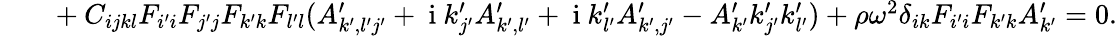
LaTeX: \begin{array}{rl}{\ \ \ }&{{}+C_{ijkl}F_{i^{\prime}i}F_{j^{\prime}j}F_{k^{\prime}k}F_{l^{\prime}l}(A_{k^{\prime},l^{\prime}j^{\prime}}^{\prime}+\mathrm{~i~}k_{j^{\prime}}^{\prime}A_{k^{\prime},l^{\prime}}^{\prime}+\mathrm{~i~}k_{l^{\prime}}^{\prime}A_{k^{\prime},j^{\prime}}^{\prime}-A_{k^{\prime}}^{\prime}k_{j^{\prime}}^{\prime}k_{l^{\prime}}^{\prime})+\rho\omega^{2}\delta_{ik}F_{i^{\prime}i}F_{k^{\prime}k}A_{k^{\prime}}^{\prime}=0.}\end{array}